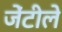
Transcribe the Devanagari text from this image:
जेंटीले